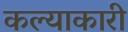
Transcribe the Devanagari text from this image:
कल्याकारी